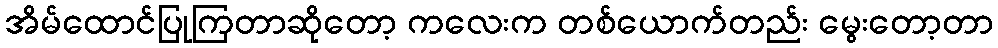
အိမ်ထောင်ပြုကြတာဆိုတော့ ကလေးက တစ်ယောက်တည်း မွေးတော့တာ